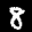
Label: 8